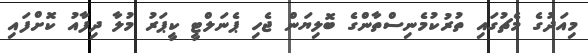
މިއަދުގެ މެޗުގައި ތުރުކުމެނިސްތާންގެ ބޮލިޔަން ޖެހި ޕެނަލްޓީ ކީޕަރު މުލާ ދިފާއު ކޮށްފައި